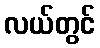
လယ်တွင်